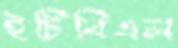
ইটিবিএল